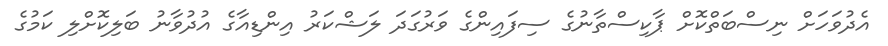
އެދުވަހަށް ނިސްބަތްކޮށް ޕާކިސްތާނުގެ ސިފައިންގެ ވަރުގަދަ ލަޝްކަރު އިންޑިއާގެ އުދުވާނު ބަލިކޮށްލި ކަމުގެ